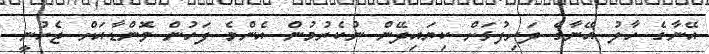
އޭނާގެ ހާލު އޭނާގެ ދަރިފުޅަށް ކިޔައިދޭން ނުކެރުމުން އެންމެ ފަހުން ވޮންޑާއަށް ޖެހުނީ